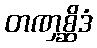
တဏှစ္ဆိဒံ